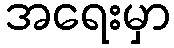
အရေးမှာ